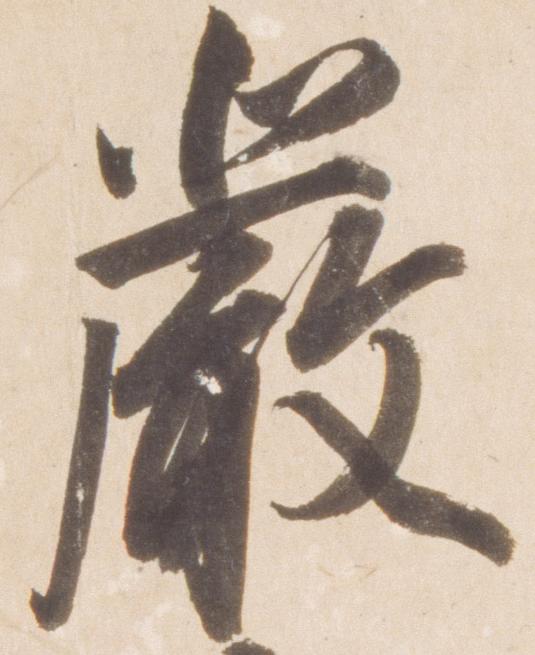
厳